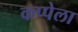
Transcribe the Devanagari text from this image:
कप्पेला